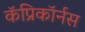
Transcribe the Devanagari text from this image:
कॅप्रिकॉर्नस